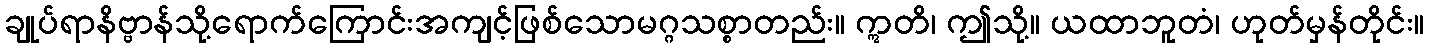
ချုပ်ရာနိဗ္ဗာန်သို့ရောက်ကြောင်းအကျင့်ဖြစ်သောမဂ္ဂသစ္စာတည်း။ ဣတိ၊ ဤသို့။ ယထာဘူတံ၊ ဟုတ်မှန်တိုင်း။